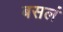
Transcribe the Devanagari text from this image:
बसलं